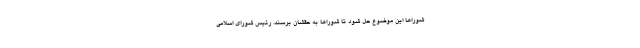
شوراها این موضوع حل شود تا شوراها به حقشان برسند. رئیس شورای اسلامی